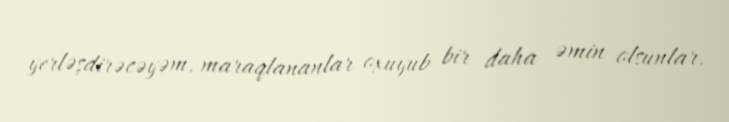
yerləşdirəcəyəm, maraqlananlar oxuyub bir daha əmin olsunlar.